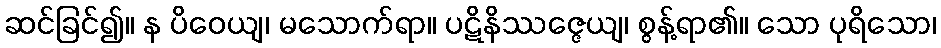
ဆင်ခြင်၍။ န ပိဝေယျ၊ မသောက်ရာ။ ပဋိနိဿဇ္ဇေယျ၊ စွန့်ရာ၏။ သော ပုရိသော၊